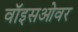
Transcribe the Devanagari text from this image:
वॉइसओवर